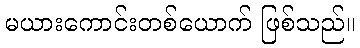
မယားကောင်းတစ်ယောက် ဖြစ်သည်။